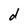
Character: d